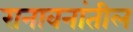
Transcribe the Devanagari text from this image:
रानावनांतील